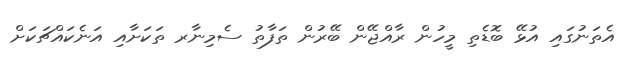
އެތަނުގައި އުޅޭ ބޮޑެތި މީހުން ރާއްޖޭން ބޭރުން ތަފާތު ސެމިނާރ ތަކަށާއި އަނެކައްޗަކަށް